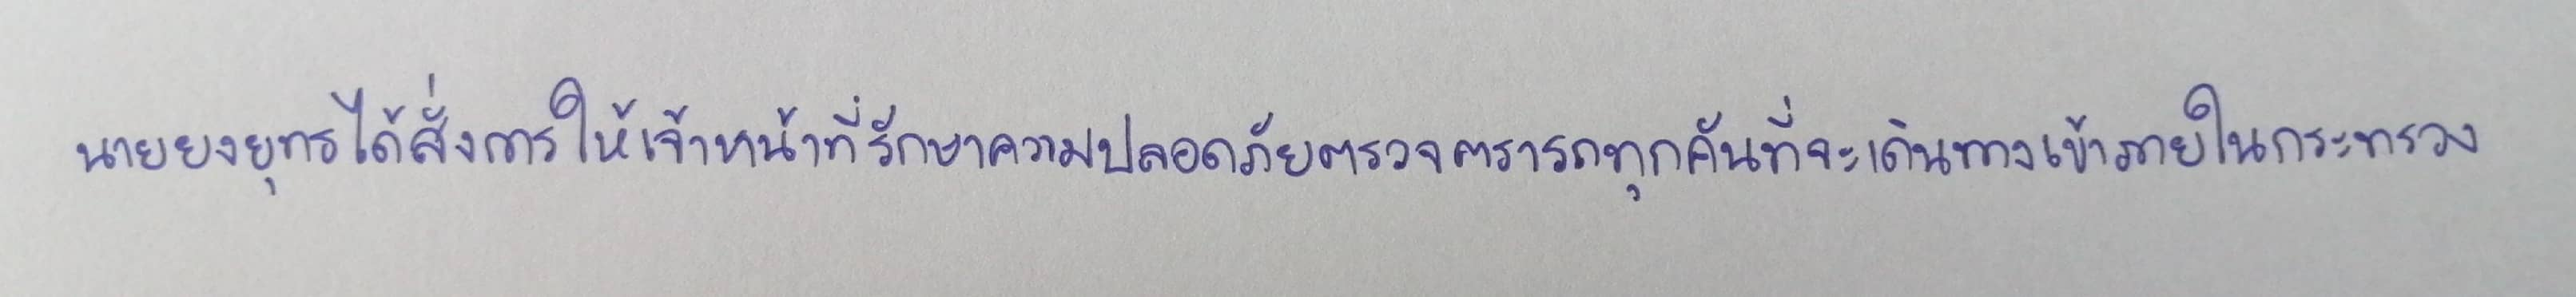
นายยงยุทธได้สั่งการให้เจ้าหน้าที่รักษาความปลอดภัยตรวจตรารถทุกคันที่จะเดินทางเข้าภายในกระทรวง